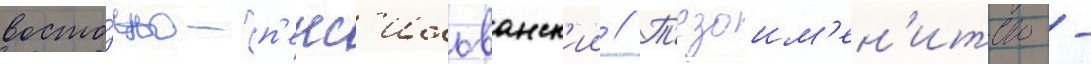
восто́чно-п'енс'ильванск'ии // Т'езоим'ен'итство -